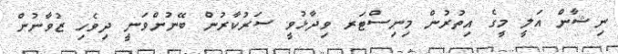
ނިޝާން އަލީ މީގެ އިތުރުން މިނިސްޓަރ ވިދާޅުވީ ސަރުކާރުން ބޭނުންވަނީ ދިވެހި ޒުވާނުން